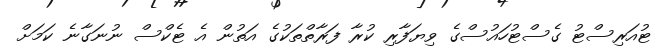
ޓުއަރިސްޓު ގެސްޓުހައުސްގެ ވިޔަފާރި ކުރާ ފަރާތްތަކުގެ އަތުން އެ ޓެކްސް ނުނަގާނެ ކަމަށް